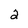
Character: 2